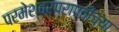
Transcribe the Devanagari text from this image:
परमेश्वरप्राप्तीच्या